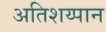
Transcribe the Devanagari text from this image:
अतिशय्पान